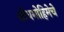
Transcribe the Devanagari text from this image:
शोधमोहिमेचे